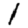
Digit: 1